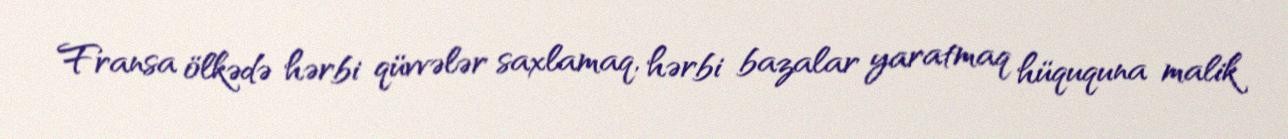
Fransa ölkədə hərbi qüvvələr saxlamaq, hərbi bazalar yaratmaq hüququna malik